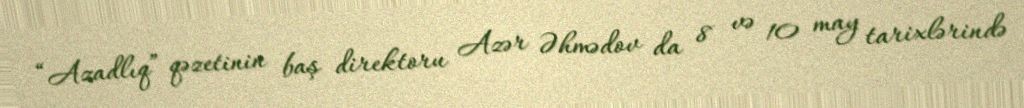
“Azadlıq” qəzetinin baş direktoru Azər Əhmədov da 8 və 10 may tarixlərində